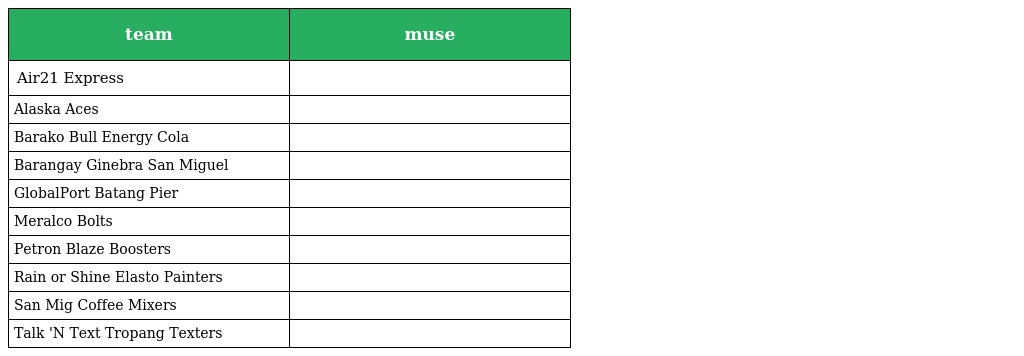
| team | muse |
 | --- | --- |
 | Air21 Express |  |
 | Alaska Aces |  |
 | Barako Bull Energy Cola |  |
 | Barangay Ginebra San Miguel |  |
 | GlobalPort Batang Pier |  |
 | Meralco Bolts |  |
 | Petron Blaze Boosters |  |
 | Rain or Shine Elasto Painters |  |
 | San Mig Coffee Mixers |  |
 | Talk 'N Text Tropang Texters |  |